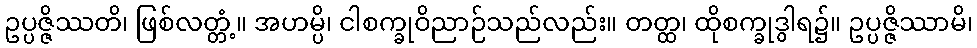
ဥပ္ပဇ္ဇိဿတိ၊ ဖြစ်လတ္တံ့။ အဟမ္ပိ၊ ငါစက္ခုဝိညာဉ်သည်လည်း။ တတ္ထ၊ ထိုစက္ခုဒွါရ၌။ ဥပ္ပဇ္ဇိဿာမိ၊